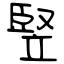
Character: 竪